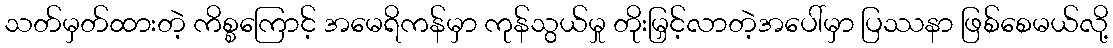
သတ်မှတ်ထားတဲ့ ကိစ္စကြောင့် အမေရိကန်မှာ ကုန်သွယ်မှု တိုးမြှင့်လာတဲ့အပေါ်မှာ ပြဿနာ ဖြစ်စေမယ်လို့